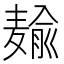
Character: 𱋠